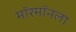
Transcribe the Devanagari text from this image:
मॉरमॉनला